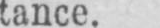
tance.